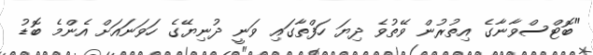
"ބޮޓްސްވާނާގެ އިތުރުން ވޭތުވެ ދިޔަ ހަފްތާގައި ވަނީ ދުނިޔޭގެ ހަވަނައަށް އެންމެ ބޮޑު